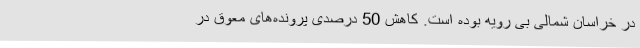
در خراسان شمالی بی رویه بوده است. کاهش 50 درصدی پرونده‌های معوق در